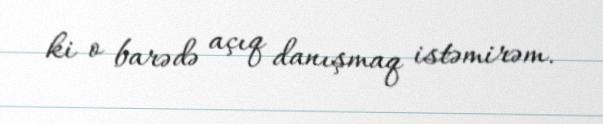
ki o barədə açıq danışmaq istəmirəm.